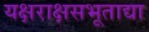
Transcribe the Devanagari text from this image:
यक्षराक्षसभूताद्या